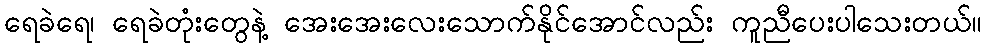
ရေခဲရေ၊ ရေခဲတုံးတွေနဲ့ အေးအေးလေးသောက်နိုင်အောင်လည်း ကူညီပေးပါသေးတယ်။